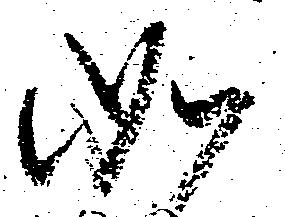
如